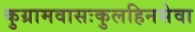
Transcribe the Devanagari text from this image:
कुग्रामवासःकुलहिनसेवा